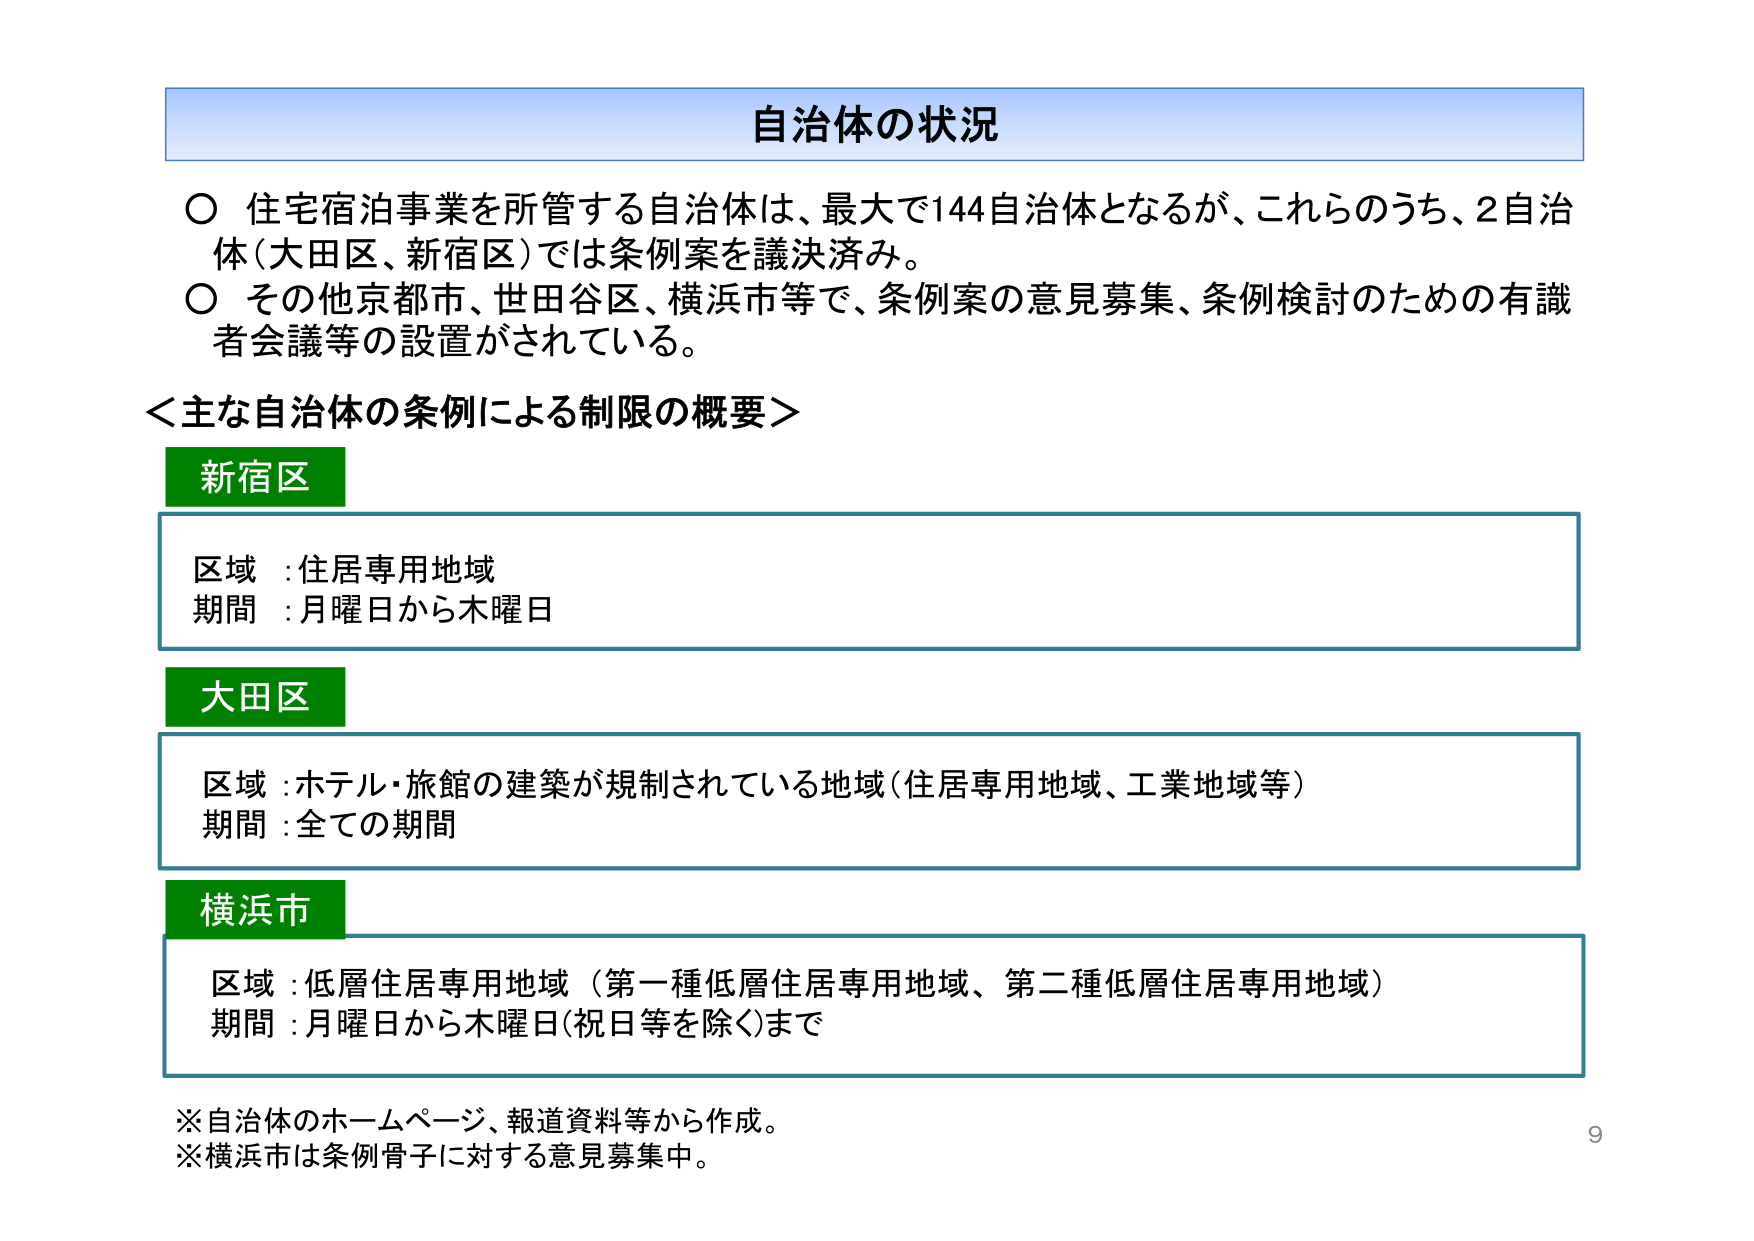
自治体の状況

○ 住宅宿泊事業を所管する自治体は、最大で144自治体となるが、これらのうち、2自治体（大田区、新宿区）では条例案を議決済み。
○ その他京都市、世田谷区、横浜市等で、条例案の意見募集、条例検討のための有識者会議等の設置がされている。

＜主な自治体の条例による制限の概要＞

新宿区
区域：住居専用地域
期間：月曜日から木曜日

大田区
区域：ホテル・旅館の建築が規制されている地域（住居専用地域、工業地域等）
期間：全ての期間

横浜市
区域：低層住居専用地域（第一種低層住居専用地域、第二種低層住居専用地域）
期間：月曜日から木曜日（祝日等を除く）まで

※自治体のホームページ、報道資料等から作成。
※横浜市は条例骨子に対する意見募集中。

9